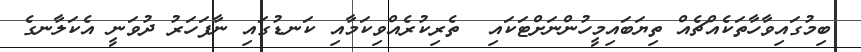
ބިމުގައިވާހާތަކެއްޗެއް ތިޔަބައިމީހުންނަށްޓަކައި  ތެރިކުރެއްވިކަމާއި ކަނޑުގައި ނާފަހަރު ދުވަނީ އެކަލާނގެ